Scottish Leaving Certificate Examination, 1954
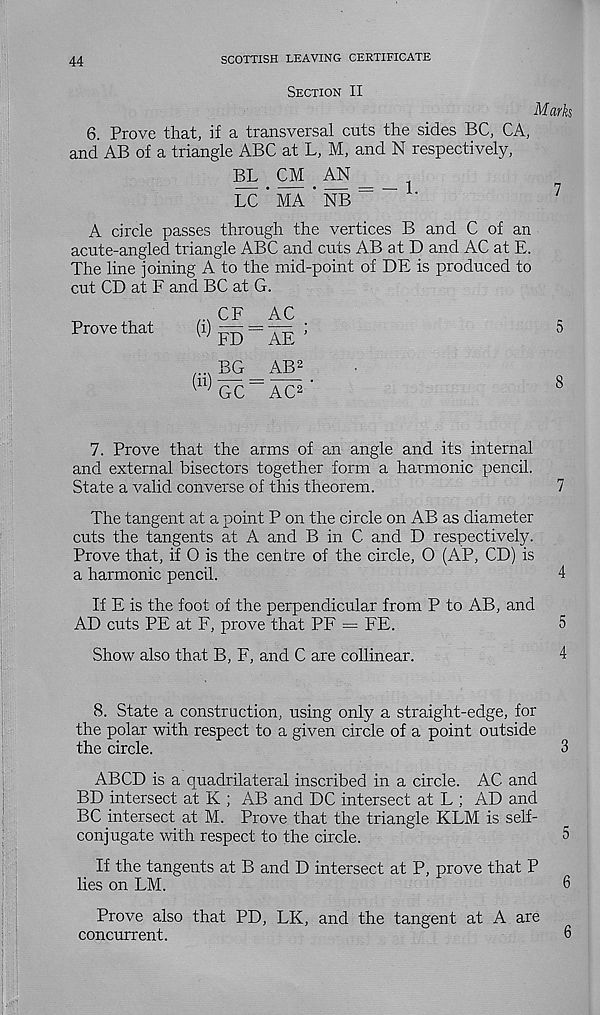
44
SCOTTISH LEAVING CERTIFICATE
Section II
Marks
6. Prove that, if a transversal cuts the sides BC, CA,
and AB of a triangle ABC at L, M, and N respectively,
BL CM AN
LC ’ MA ’ NB
A circle passes through the vertices B and C of an
acute-angled triangle ABC and cuts AB at D and AC at E.
The line joining A to the mid-point of DE is produced to
cut CD at F and BC at G.
CF
AC
Prove that
W^^^E 5
BG
AB 2
^ GC — AC 2 '
7. Prove that the arms of an angle and its internal
and external bisectors together form a harmonic pencil.
State a valid converse of this theorem.
7
The tangent at a point P on the circle on AB as diameter
cuts the tangents at A and B in C and D respectively.
Prove that, if O is the centre of the circle, O (AP, CD) is
a harmonic pencil.
4
If E is the foot of the perpendicular from P to AB, and
AD cuts PE at F, prove that PF —- FE.
5
Show also that B, F, and C are collinear.
4
8. State a construction, using only a straight-edge, for
the polar with respect to a given circle of a point outside
the circle.
3
ABCD is a quadrilateral inscribed in a circle. AC and
BD intersect at K ; AB and DC intersect at L ; AD and
BC intersect at M. Prove that the triangle KLM is self-
conjugate with respect to the circle.
5
If the tangents at B and D intersect at P, prove that P
lies on LM.
6
Prove also that PD, LK, and the tangent at A are
concurrent.
6